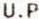
U.P